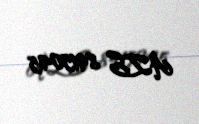
AZE 8915045